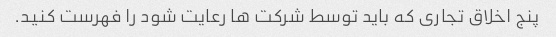
پنج اخلاق تجاری که باید توسط شرکت ها رعایت شود را فهرست کنید.